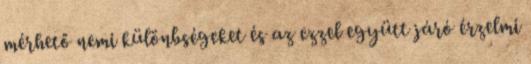
mérhető nemi különbségeket és az ezzel együtt járó érzelmi